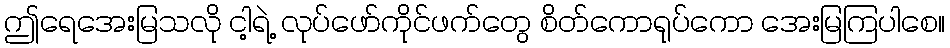
ဤရေအေးမြသလို ငါ့ရဲ့ လုပ်ဖော်ကိုင်ဖက်တွေ စိတ်ကောရုပ်ကော အေးမြကြပါစေ။